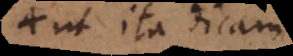
ut ita dicam